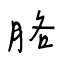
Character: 胳